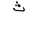
Letter: _tha